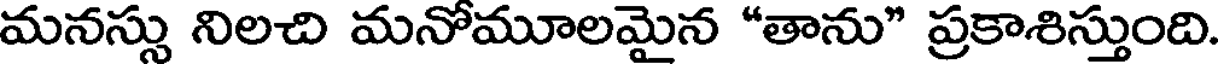
మనస్సు నిలచి మనోమూలమైన "తాను" ప్రకాశిస్తుంది.